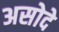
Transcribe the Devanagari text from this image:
असोदे